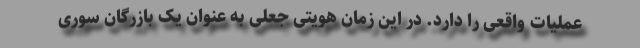
عملیات واقعی را دارد. در این زمان هویتی جعلی به عنوان یک بازرگان سوری